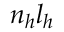
n _ { h } l _ { h }